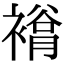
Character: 𧜲